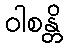
ဝါစန္တိ